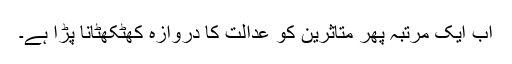
اب ایک مرتبہ پھر متاثرین کو عدالت کا دروازہ کھٹکھٹانا پڑا ہے۔